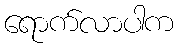
ရောက်လာပါက